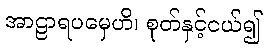
အာဠာရပမှေဟိ၊ စုတ်နှင့်ငယ်၍